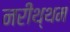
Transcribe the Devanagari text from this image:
नरीथ्थम